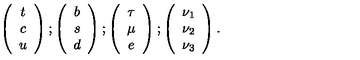
\left( \begin{array} { c } { t } \\ { c } \\ { u } \\ \end{array} \right) ; \left( \begin{array} { c } { b } \\ { s } \\ { d } \\ \end{array} \right) ; \left( \begin{array} { c } { \tau } \\ { \mu } \\ { e } \\ \end{array} \right) ; \left( \begin{array} { c } { \nu _ { 1 } } \\ { \nu _ { 2 } } \\ { \nu _ { 3 } } \\ \end{array} \right) .